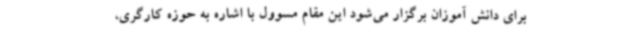
برای دانش آموزان برگزار می‌شود این مقام مسوول با اشاره به حوزه کارگری،